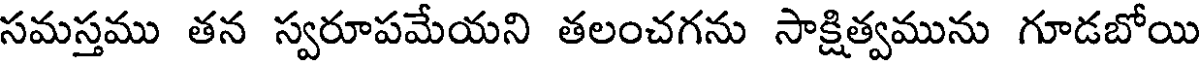
సమస్తము తన స్వరూపమేయని తలంచగను సాక్షిత్వమును గూడబోయి